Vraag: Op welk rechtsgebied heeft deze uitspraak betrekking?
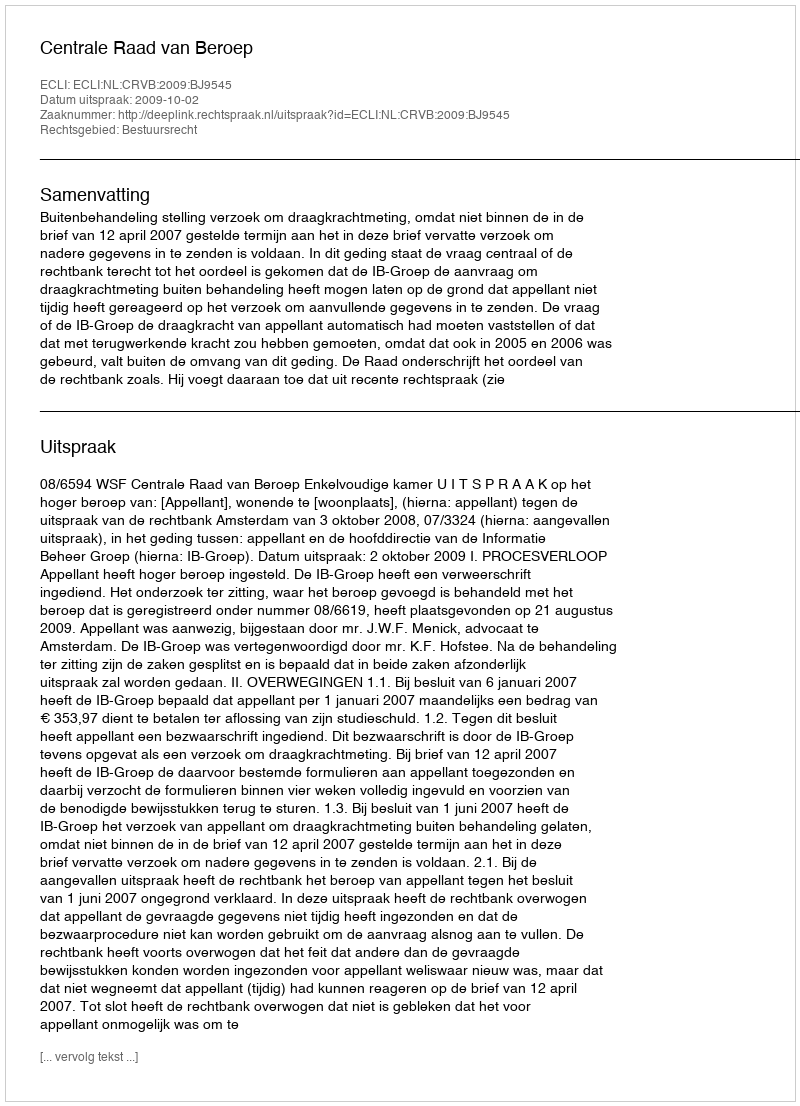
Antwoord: Bestuursrecht